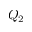
Q _ { 2 }